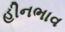
હીનભાવ